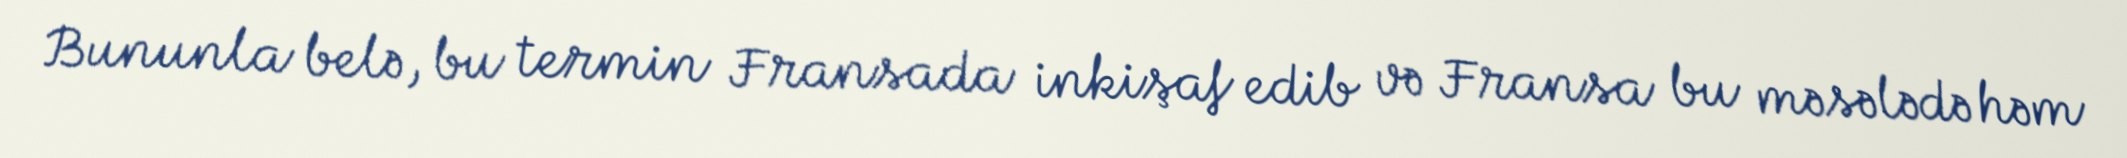
Bununla belə, bu termin Fransada inkişaf edib və Fransa bu məsələdə həm